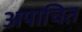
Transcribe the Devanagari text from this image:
अपाचित